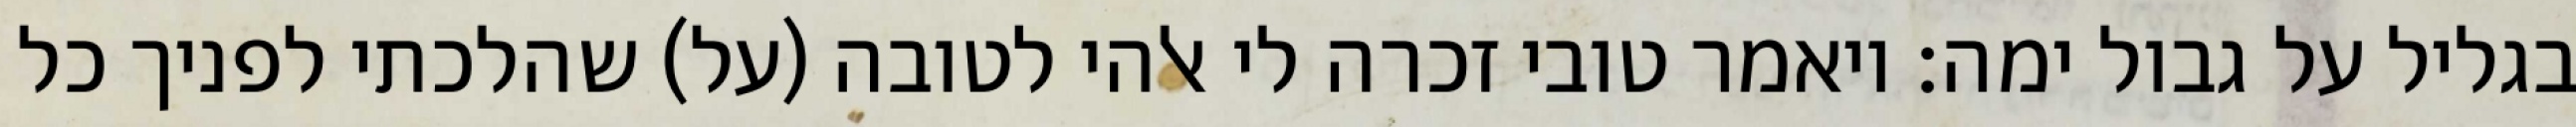
בגליל על גבול ימה: ויאמר טובי זכרה לי אלהי לטובה (על) שהלכתי לפניך כל